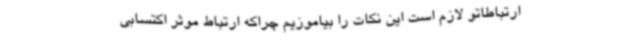
ارتباطاتو لازم است این نکات را بیاموزیم چراکه ارتباط موثر اکتسابی